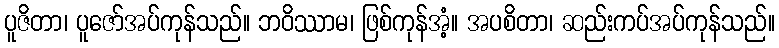
ပူဇိတာ၊ ပူဇော်အပ်ကုန်သည်။ ဘဝိဿာမ၊ ဖြစ်ကုန်အံ့။ အပစိတာ၊ ဆည်းကပ်အပ်ကုန်သည်။